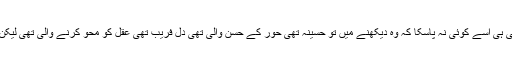
آئو میرے عاشقو میرے پیچھے آو¿ تم مجھے کبھی نہیں پاسکتے اور واقعی ہی اسے کوئی نہ پاسکا کہ وہ دیکھنے میں تو حسینہ تھی حور کے حسن والی تھی دل فریب تھی عقل کو محو کرنے والی تھی لیکن حقیقت میں وہ دنیا تھی‘ اسکے پیچھے دوڑنے والوں کا یہی انجام ہوتا ہے۔